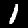
Label: 1